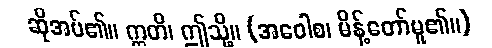
ဆိုအပ်၏။ ဣတိ၊ ဤသို့။ (အဝေါစ၊ မိန့်တော်မူ၏။)